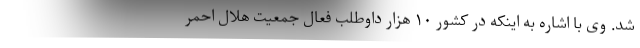
شد. وی با اشاره به اینکه در کشور ۱۰ هزار داوطلب فعال جمعیت هلال احمر